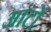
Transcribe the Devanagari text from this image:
आंटों